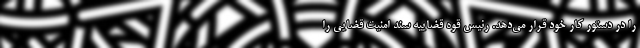
را در دستور کار خود قرار می‌دهد. رئیس قوه قضاییه سند امنیت قضایی را